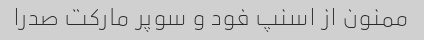
ممنون از اسنپ فود و سوپر مارکت صدرا